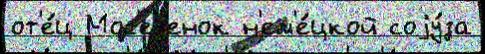
от'е́ц Мос'еjенок н'ем'е́цкой соjу́за